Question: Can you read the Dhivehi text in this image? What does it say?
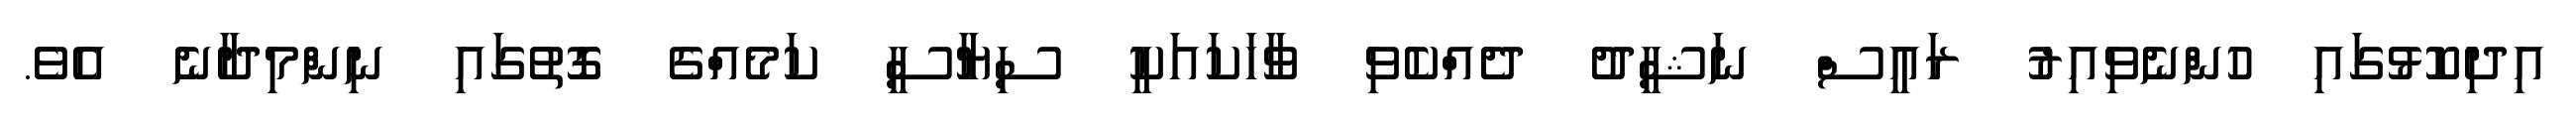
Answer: އިދިކޮޅުގައި ހުންނެވިއިރު ރައީސް ނަޝީދު ދެއްކެވި ވާހަކައަކީ ސިޔާސީ ކަމެއްގެ ގޮތުގައި ނިންމިދާނެ އެވެ.